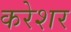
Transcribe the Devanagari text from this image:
करेशर